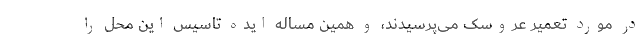
در مورد تعمیر عروسک می‌پرسیدند، و همین مساله ایده تاسیس این محل را